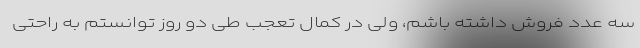
سه عدد فروش داشته باشم، ولی در کمال تعجب طی دو روز توانستم به راحتی